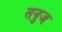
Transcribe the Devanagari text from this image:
तनुज